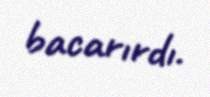
bacarırdı.